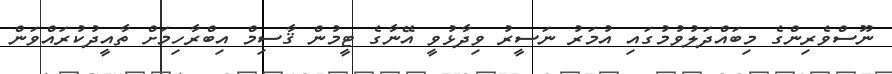
ނޫސްވެރިންގެ މިބައްދަލުވުމުގައި އުމަރު ނަސީރު ވިދާޅުވީ އޭނާގެ ޓީމުން ޤާސިމް އިބްރާހިމަށް ތާއީދުކުރައްވަން